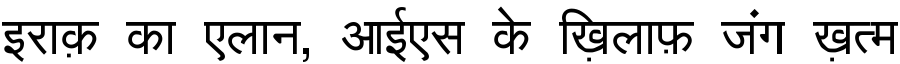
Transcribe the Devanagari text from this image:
इराक़ का एलान, आईएस के ख़िलाफ़ जंग ख़त्म